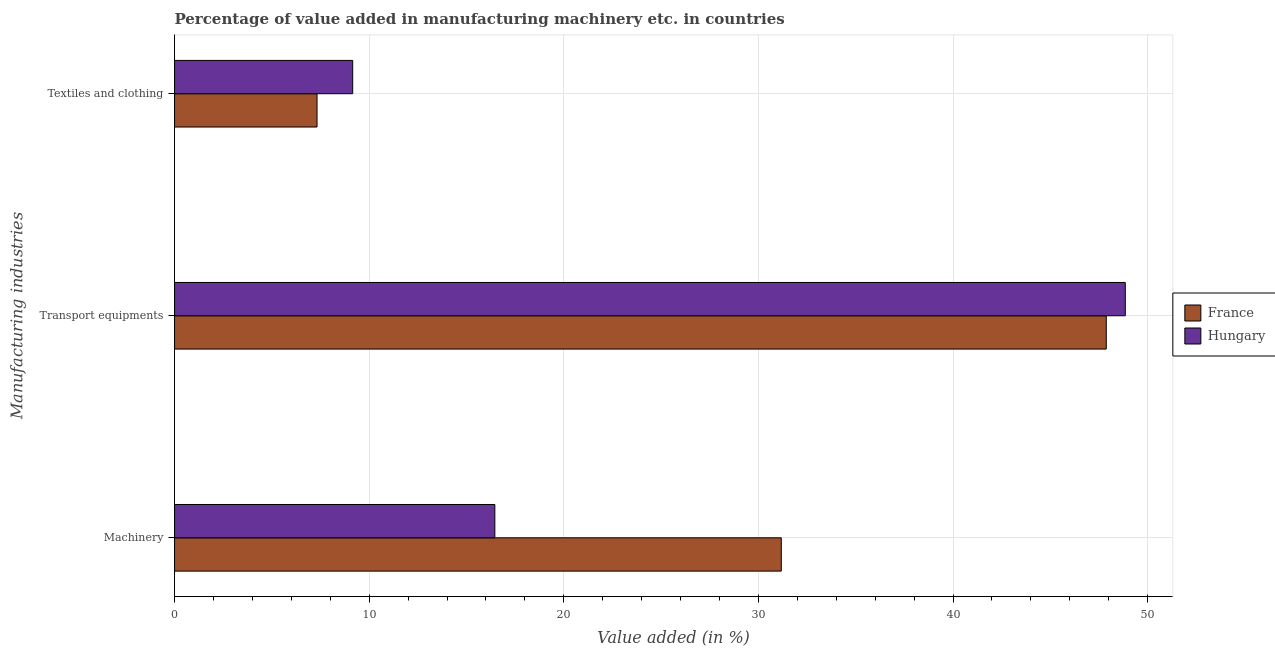
| Manufacturing industries | France | Hungary |
 | --- | --- | --- |
 | Machinery | 31.2 | 16.5 |
 | Transport equipments | 47.9 | 48.9 |
 | Textiles and clothing | 7.32 | 9.15 |